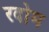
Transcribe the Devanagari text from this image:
रदोम